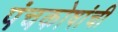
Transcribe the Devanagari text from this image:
पंचकोषांची